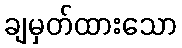
ချမှတ်ထားသော